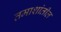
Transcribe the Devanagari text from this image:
तमाशांतील